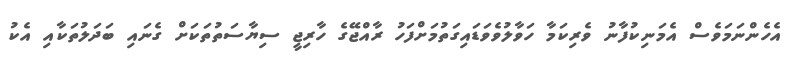
އެހެންނަމަވެސް އެމަނިކުފާނު ވެރިކަމާ ހަވާލުވެވަޑައިގަތުމަށްފަހު ރާއްޖޭގެ ހާރިޖީ ސިޔާސަތުތަކަށް ގެނައި ބަދަލުތަކާއި އެކު